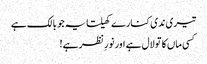
تیری ندی کنارے کھیلتا یہ جو بالک ہے
کسی ماں کا تو لال ہے اور نورِ نظر ہے!